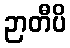
ဉာတီပိ